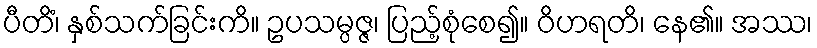
ပီတိံ၊ နှစ်သက်ခြင်းကိ။ ဥပသမ္ပဇ္ဇ၊ ပြည့်စုံစေ၍။ ဝိဟရတိ၊ နေ၏။ အဿ၊